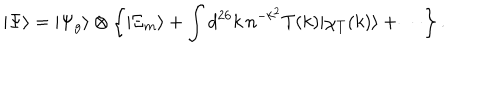
LaTeX: | \Psi \rangle = | \Psi _ { g } \rangle \otimes \left\{ | \Xi _ { m } \rangle + \int d ^ { 2 6 } k \, n ^ { - k ^ { 2 } } T ( k ) | \chi _ { T } ( k ) \rangle + \cdots \right\} .